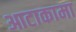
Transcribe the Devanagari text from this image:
आटाकामा